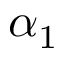
\alpha _ { 1 }